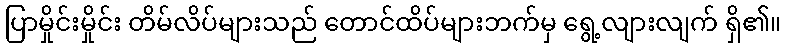
ပြာမှိုင်းမှိုင်း တိမ်လိပ်များသည် တောင်ထိပ်များဘက်မှ ရွေ့လျားလျက် ရှိ၏။